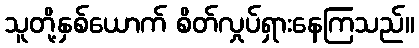
သူတို့နှစ်ယောက် စိတ်လှုပ်ရှားနေကြသည်။